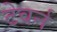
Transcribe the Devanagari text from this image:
टेवर्न